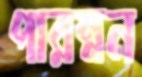
পারম্নন